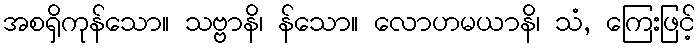
အစရှိကုန်သော။ သဗ္ဗာနိ၊ န်သော။ လောဟမယာနိ၊ သံ, ကြေးဖြင့်